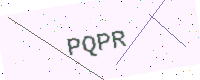
Text: PQPR